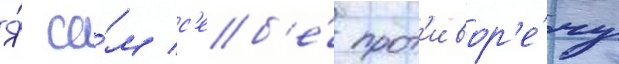
Я́ са́м с'еб'е́ прот'ивор'е́чу